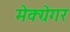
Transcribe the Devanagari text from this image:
मेक्ग्रेगर